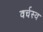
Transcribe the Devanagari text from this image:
वर्चस्‍व